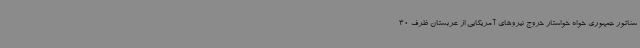
سناتور جمهوری خواه خواستار خروج نیروهای آمریکایی از عربستان ظرف 30